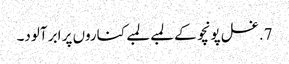
7. غسل پونچو کے لمبے لمبے کناروں پر ابر آلود۔